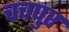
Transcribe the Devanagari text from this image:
चचपुर